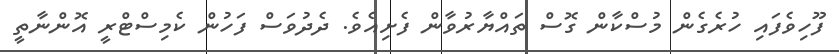
ފޫހިވެފައި ހުރެގެން މުސްކާން ގޮސް ތައްޔާރުވާން ފެށިއެވެ. ދެދުވަސް ފަހުން ކެމިސްޓްރީ އޮންނާތީ